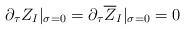
\begin{align*}\partial_{\tau}Z_I|_{\sigma=0}=\partial_{\tau}\overline{Z}_I|_{\sigma=0}=0\end{align*}